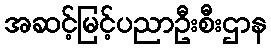
အဆင့်မြင့်ပညာဦးစီးဌာန